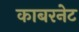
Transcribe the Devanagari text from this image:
काबरनेट